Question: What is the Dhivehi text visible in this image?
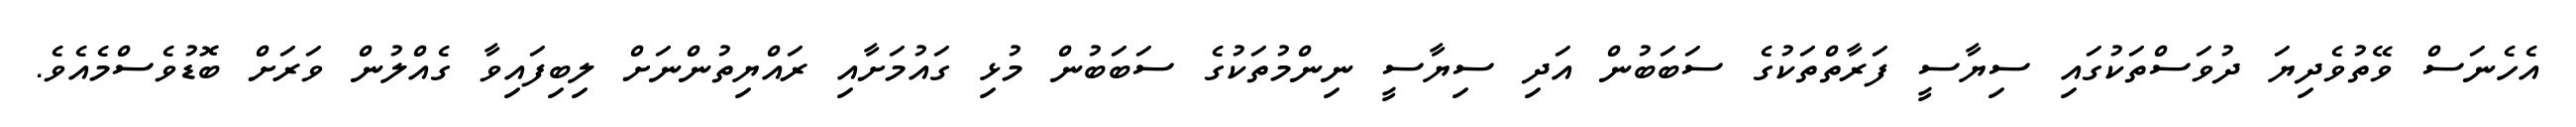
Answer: އެހެނަސް ވޭތުވެދިޔަ ދުވަސްތަކުގައި ސިޔާސީ ފަރާތްތަކުގެ ސަބަބުން އަދި ސިޔާސީ ނިންމުތަކުގެ ސަބަބުން މުޅި ގައުމަށާއި ރައްޔިތުންނަށް ލިބިފައިވާ ގެއްލުން ވަރަށް ބޮޑުވެސްމެއެވެ.